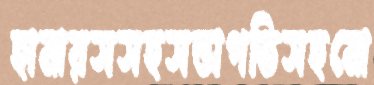
হামারসসহসভাপতিসহমো